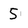
Character: 5